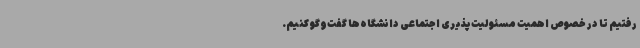
رفتیم تا در خصوص اهمیت مسئولیت‌پذیری اجتماعی دانشگاه‌ها گفت‌وگو کنیم.